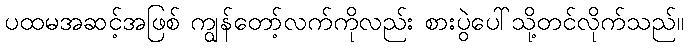
ပထမအဆင့်အဖြစ် ကျွန်တော့်လက်ကိုလည်း စားပွဲပေါ်သို့တင်လိုက်သည်။